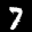
Label: 7